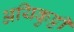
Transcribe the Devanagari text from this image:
अयिकुट्टी